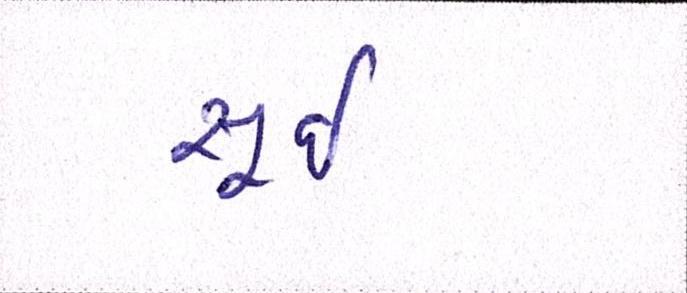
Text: સૂઈ